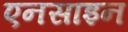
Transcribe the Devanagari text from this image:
एनसाइन